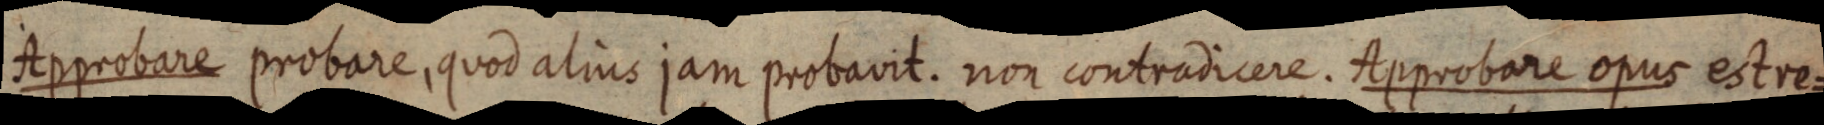
Approbare probare, quod alius jam probavit. non contradicere. Approbare opus estre